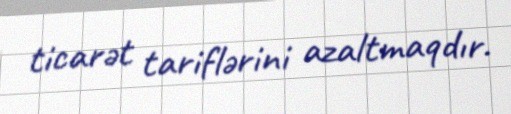
ticarət tariflərini azaltmaqdır.